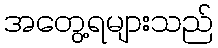
အတွေ့ရများသည်